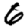
Digit: 6